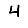
Digit: 4